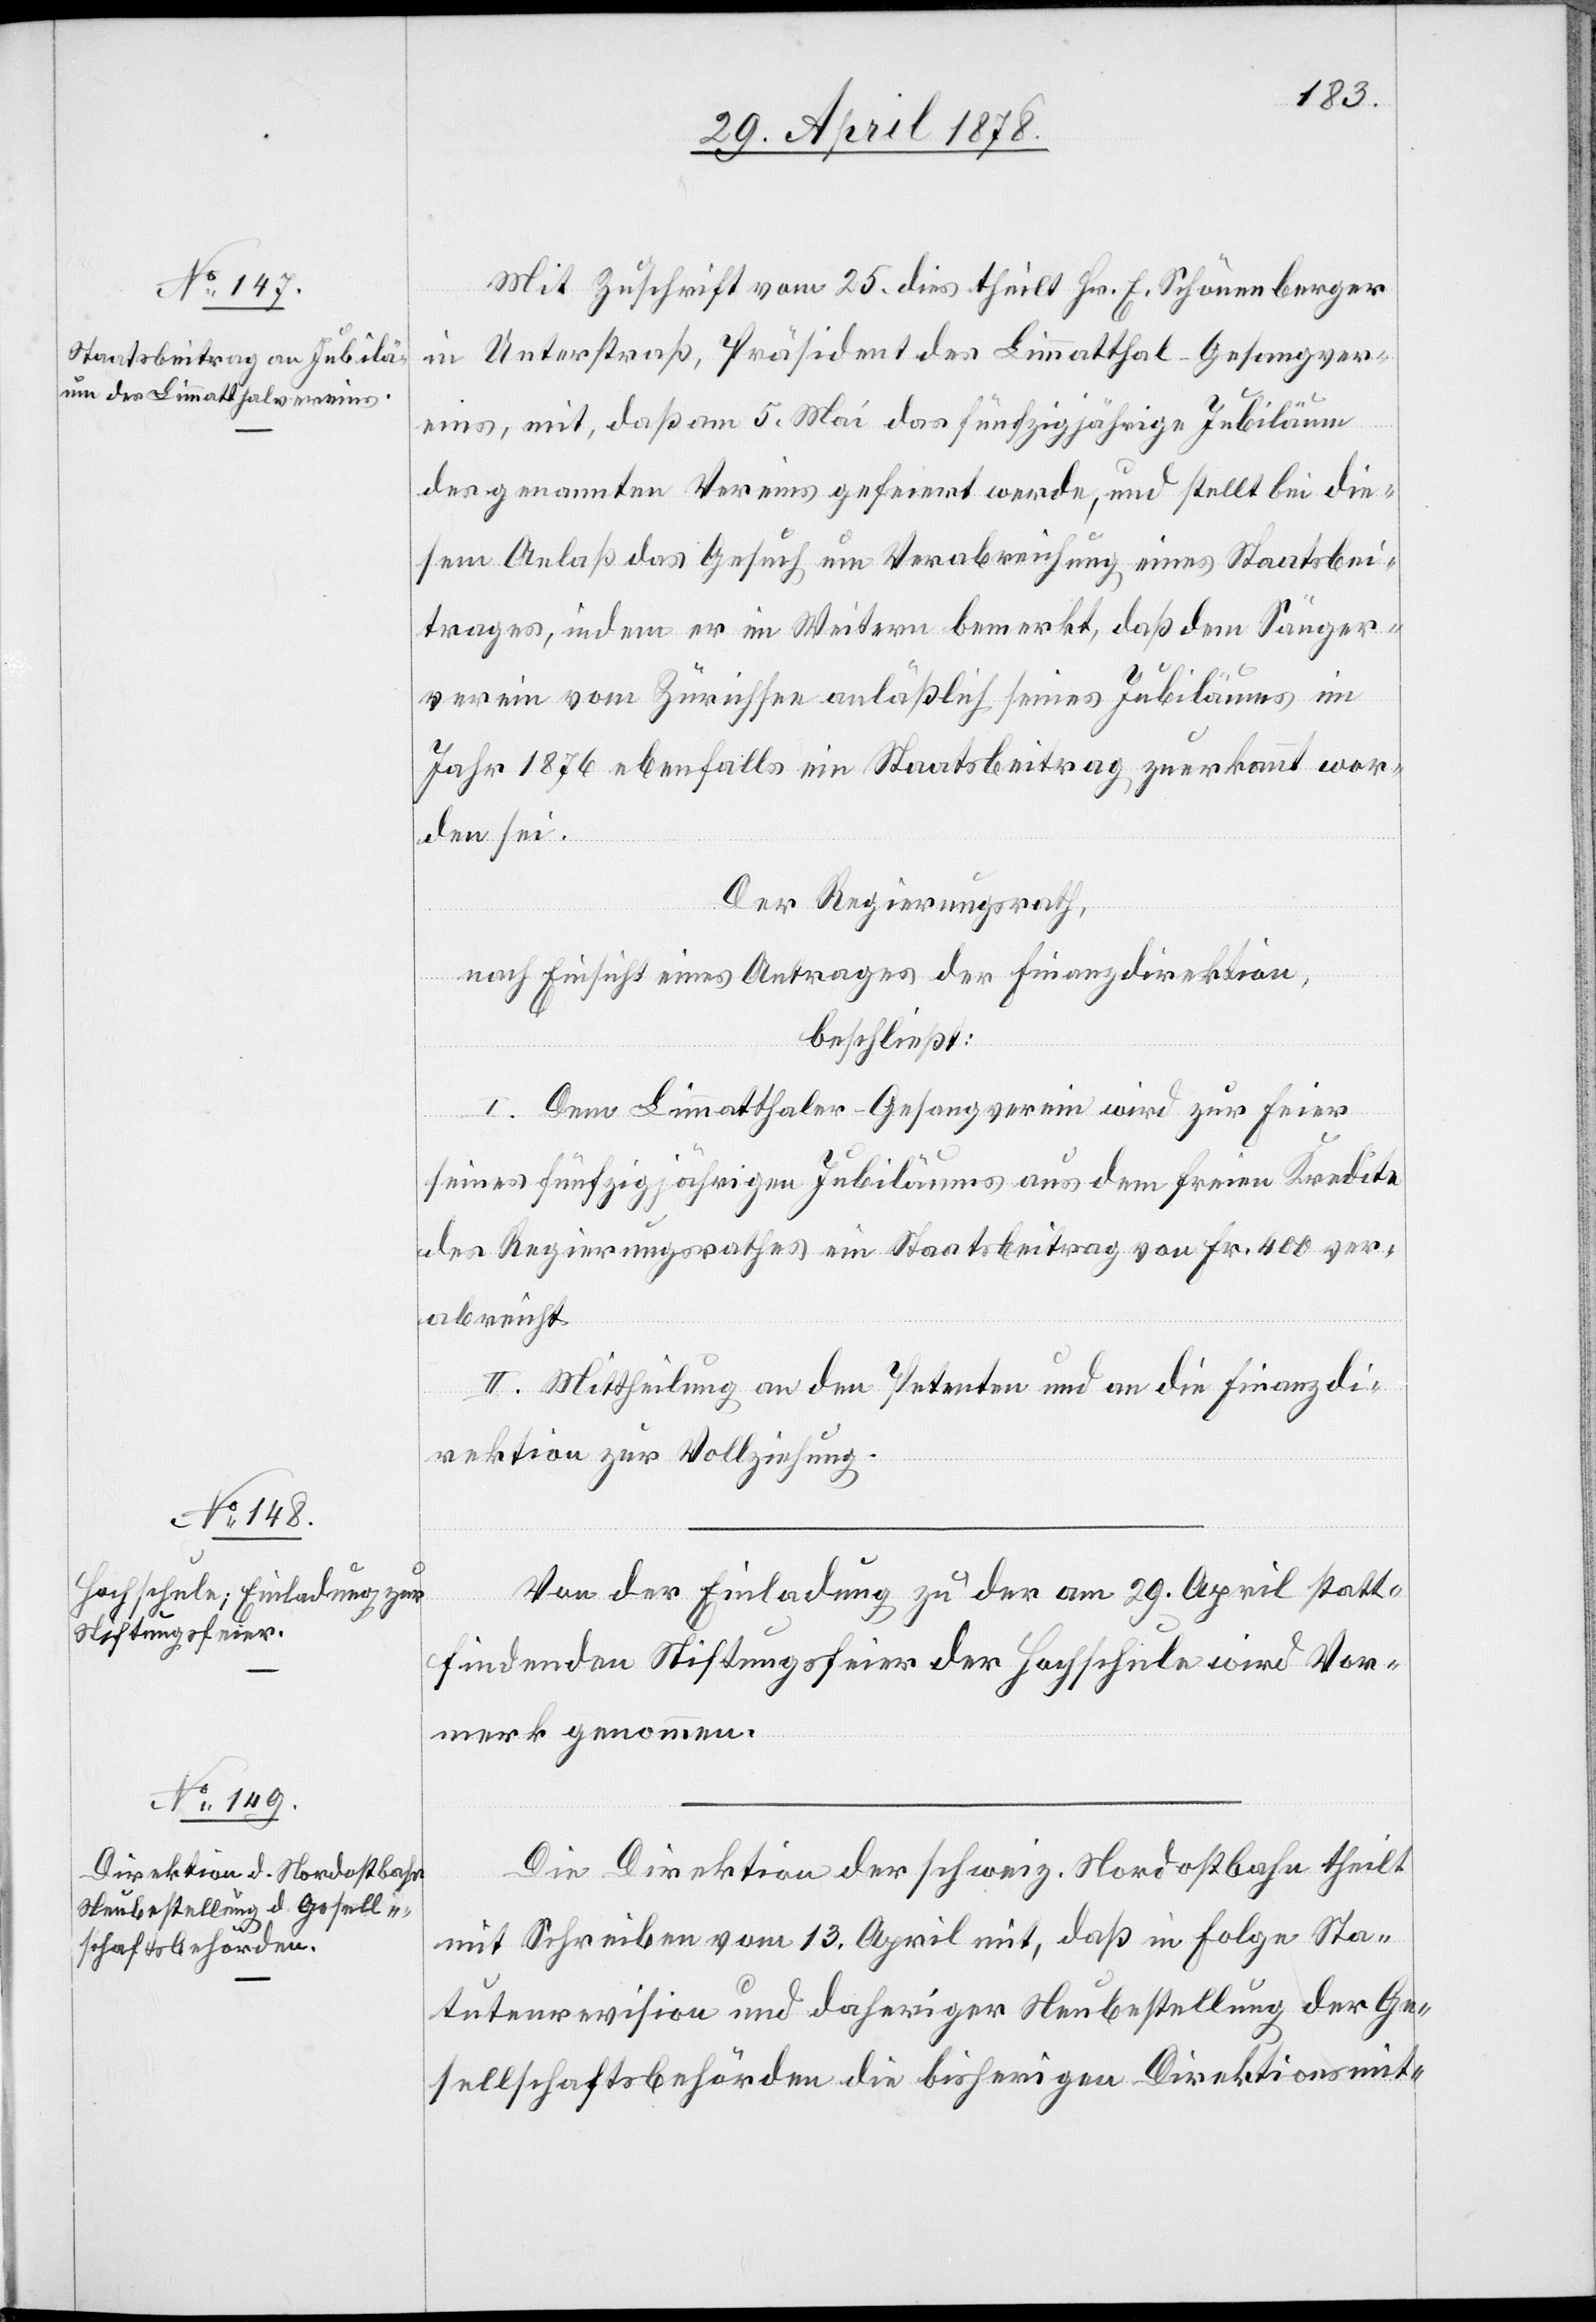
Mit Zuschrift vom 25. dies theilt Hr. E. Schönenberger
in Unterstraß, Präsident des Limmatthal-Gesangver¬
eins, mit, daß am 5. Mai das fünfzigjährige Jubiläum
des genannten Vereins gefeiert werde, und stellt bei die¬
sem Anlaß das Gesuch um Verabreichung eines Staatsbei¬
trages, indem er im Weitern bemerkt, daß dem Sänger¬
verein vom Zürichsee anlässlich seines Jubiläums im
Jahr 1876 ebenfalls ein Staatsbeitrag zuerkannt wor¬
den sei.
Der Regierungsrath,
nach Einsicht eines Antrages der Finanzdirektion,
beschließt:
I. Dem Limmatthaler-Gesangverein wird zur Feier
seines fünfzigjährigen Jubiläums aus dem freien Kredite
des Regierungsrathes ein Staatsbeitrag von Fr. 400 ver¬
abreicht.
II. Mittheilung an den Petenten und an die Finanzdi¬
rektion zur Vollziehung.
Von der Einladung zu der am 29. April statt¬
findenden Stiftungsfeier der Hochschule wird Vor¬
merk genommen.
Die Direktion der schweiz. Nordostbahn theilt
mit Schreiben vom 13. April mit, daß in Folge Sta¬
tutenrevision und daheriger Neubestellung der Ge¬
sellschaftsbehörden die bisherigen Direktionsmit-